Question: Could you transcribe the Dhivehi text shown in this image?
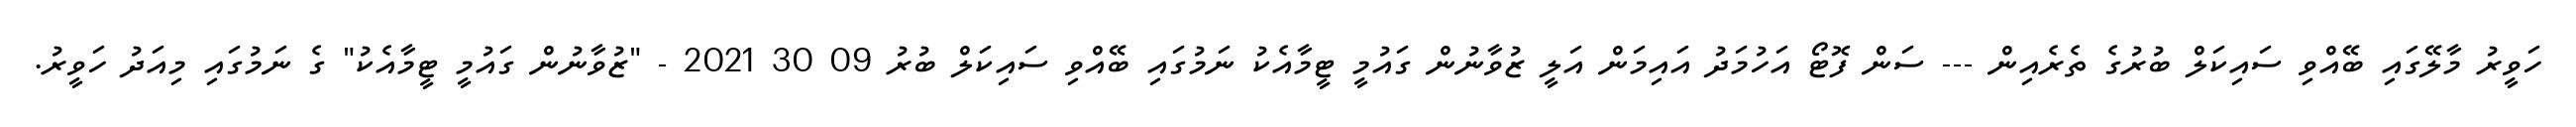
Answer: ހަވީރު މާލޭގައި ބޭއްވި ސައިކަލް ބުރުގެ ތެރެއިން --- ސަން ފޮޓޯ އަހުމަދު އައިމަން އަލީ ޒުވާނުން ގައުމީ ޓީމާއެކު ނަމުގައި ބޭއްވި ސައިކަލް ބުރު 09 30 2021 - "ޒުވާނުން ގައުމީ ޓީމާއެކު" ގެ ނަމުގައި މިއަދު ހަވީރު.